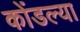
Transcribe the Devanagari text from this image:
कोंडल्या